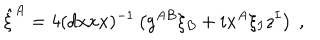
\hat { \xi } ^ { A } = 4 ( d x x x ) ^ { - 1 } \left( g ^ { A B } \xi _ { B } + i x ^ { A } \xi _ { I } z ^ { I } \right) \ ,